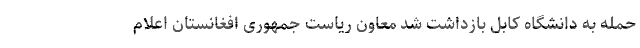
حمله به دانشگاه کابل بازداشت شد معاون ریاست جمهوری افغانستان اعلام